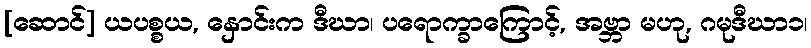
[ဆောင်] ယပစ္စယ, နှောင်းက ဒီဃာ၊ ပရောက္ခာကြောင့်, အဗ္ဘာ မဟု, ဂမုဒီဃာ၁၊